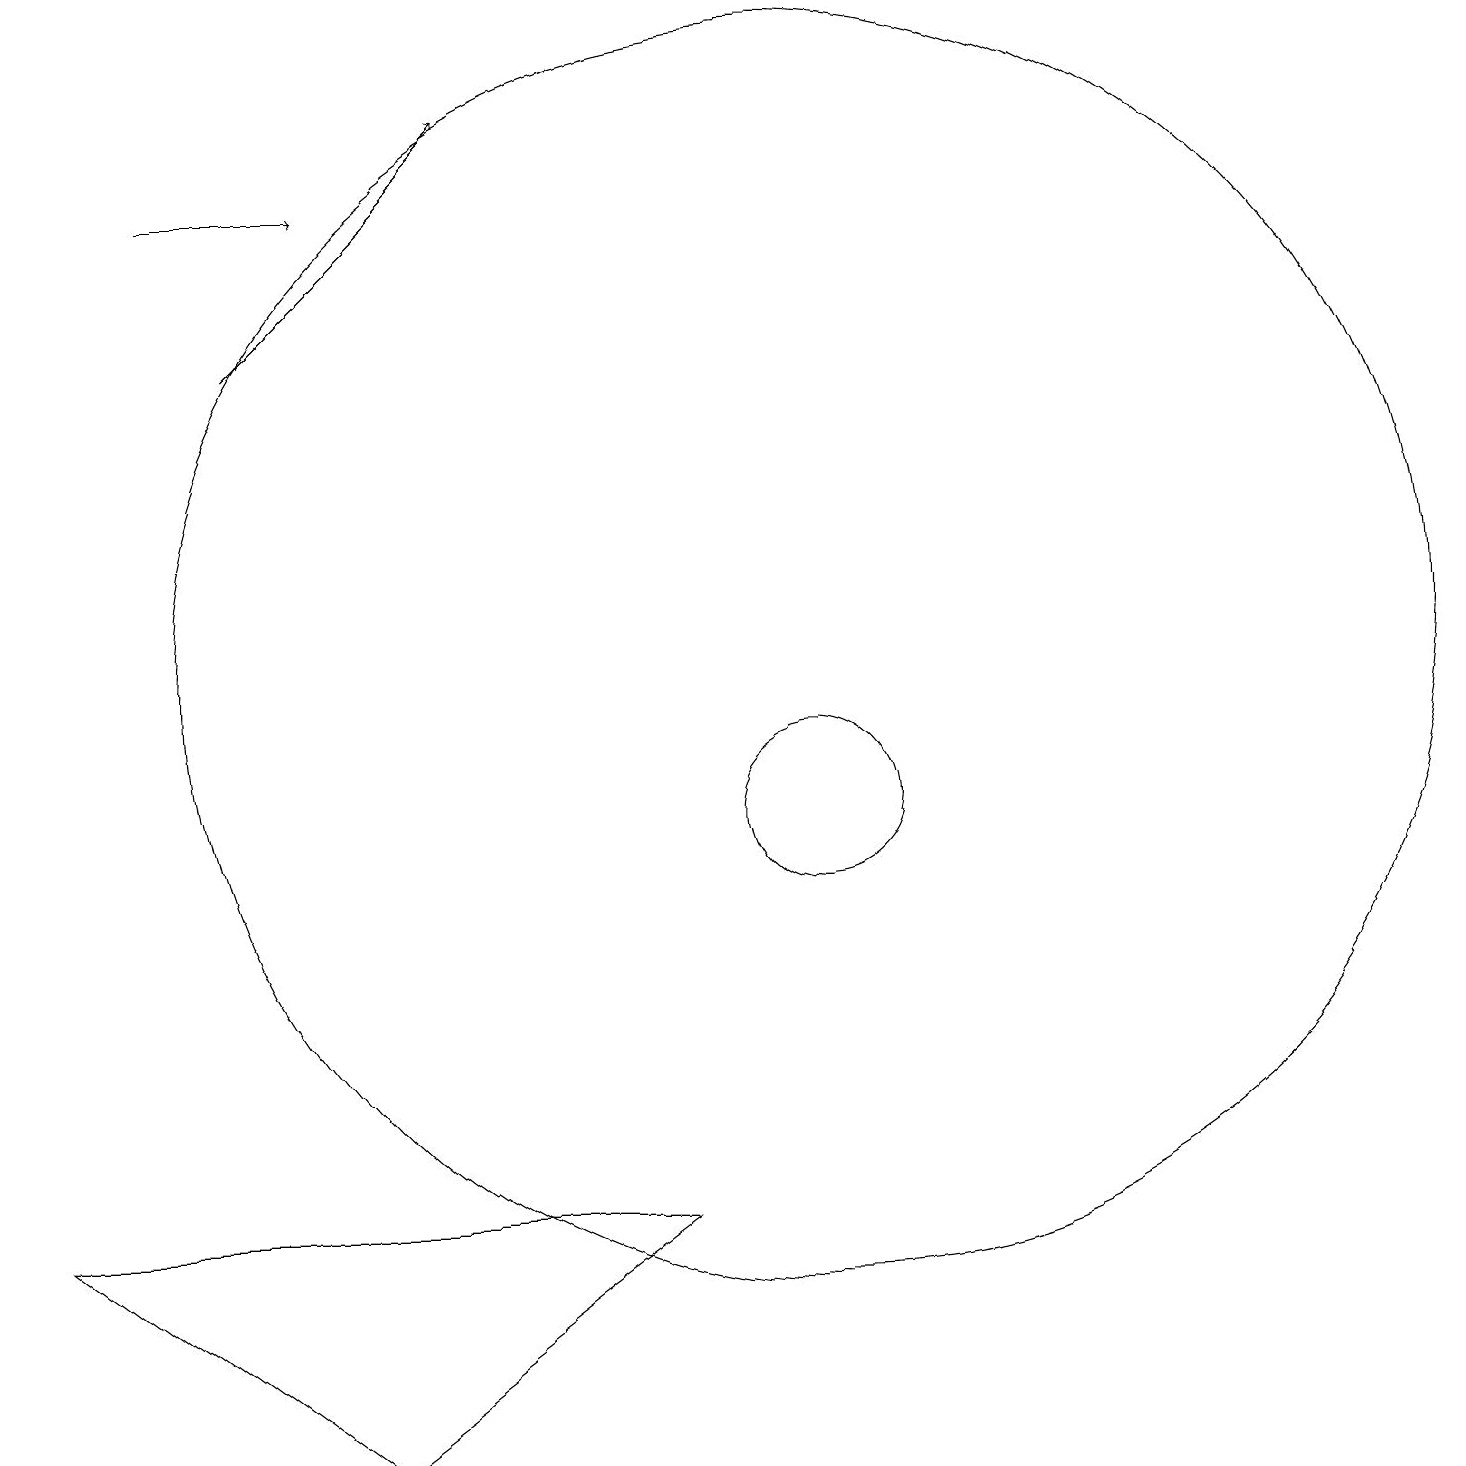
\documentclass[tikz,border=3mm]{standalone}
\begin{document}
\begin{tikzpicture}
\draw (11,12) circle (8);
\draw (5,2) -- (1,5) -- (9,5) -- cycle;
\draw[->] (3,18) -- (5,18);
\draw (11,10) circle (1);
\draw[->] (4,16) -- (7,19);
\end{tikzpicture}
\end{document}